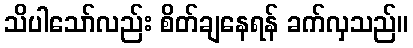
သိပါသော်လည်း စိတ်ချနေရန် ခက်လှသည်။